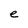
Character: e